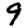
Digit: 9